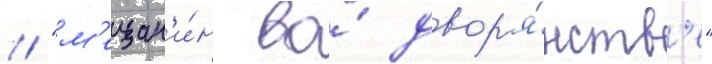
// "м'ещан'и́н во́ двор'я́нств'е"